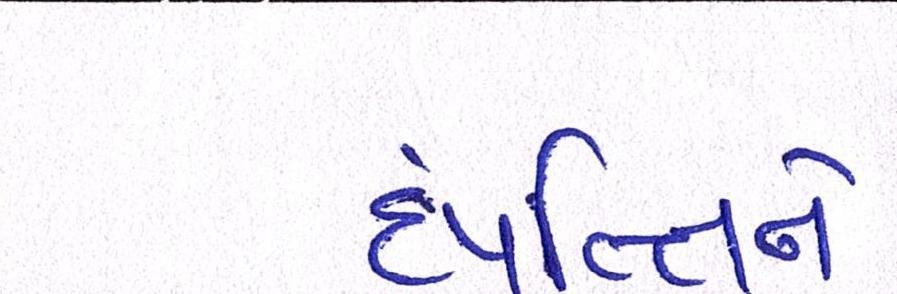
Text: દંપત્તિને